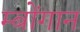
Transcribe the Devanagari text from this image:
म्बोंगान